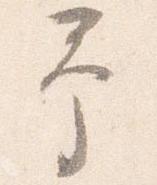
予